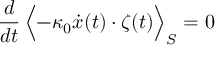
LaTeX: \frac { d } { d t } \, \Bigl < - \kappa _ { 0 } \dot { x } ( t ) \cdot \zeta ( t ) \Bigr > _ { S } = 0